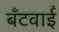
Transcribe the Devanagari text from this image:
बँटवाईं